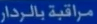
مراقبة بالرادار